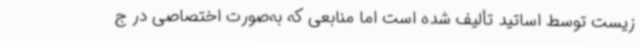
زیست توسط اساتید تألیف شده است اما منابعی که به‌صورت اختصاصی در ج